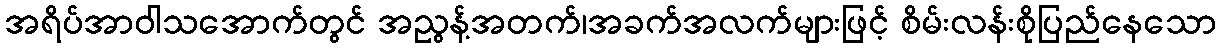
အရိပ်အာဝါသအောက်တွင် အညွန့်အတက်၊အခက်အလက်များဖြင့် စိမ်းလန်းစိုပြည်နေသော